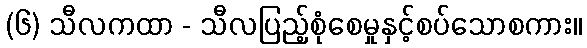
(၆) သီလကထာ - သီလပြည့်စုံစေမှုနှင့်စပ်သောစကား။